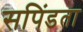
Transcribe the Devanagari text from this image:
सपिंडता